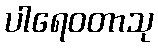
ပါရေဝတာသု